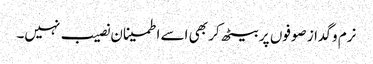
نرم و گداز صوفوں پر بیٹھ کر بھی اسے اطمینان نصیب نہیں۔